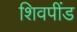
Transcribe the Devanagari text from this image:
शिवपींड